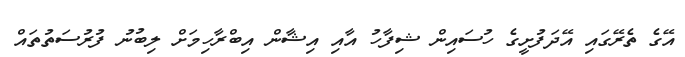
އޭގެ ތެރޭގައި އޭދަފުށީގެ ހުސައިން ޝިފާހު އާއި އިޝާން އިބްރާހިމަށް ލިބުނު ފުރުސަތުތައް